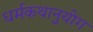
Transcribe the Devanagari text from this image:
धर्मकथानुयोग